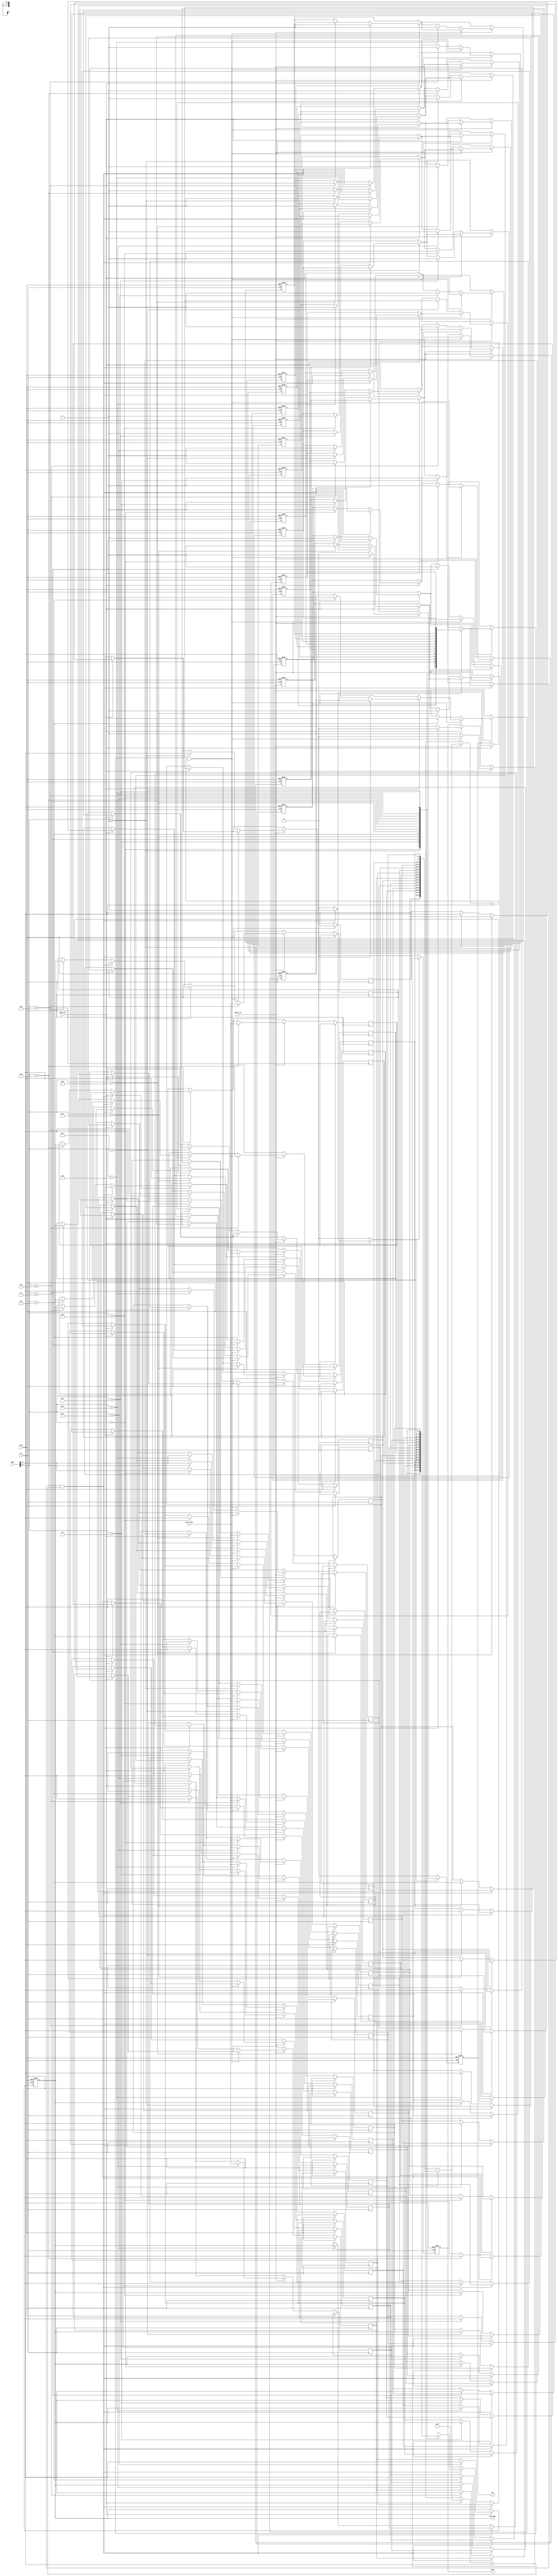
module SharedCache #(
    parameter BLOCK_SIZE = 8,     // Size of each data block in bytes
    parameter CACHE_SIZE = 16,     // Number of cache lines
    parameter ADDR_WIDTH = 8,      // Address width
    parameter TAG_WIDTH = (ADDR_WIDTH - $clog2(CACHE_SIZE)) // Tag width calculation
) (
    input wire clk,
    input wire reset,
    input wire [ADDR_WIDTH-1:0] addr,
    input wire [BLOCK_SIZE-1:0] write_data,
    input wire read_req,
    input wire write_req,
    output reg [BLOCK_SIZE-1:0] read_data,
    output reg hit,
    output reg miss
);

    // Cache line structure
    reg [TAG_WIDTH-1:0] tags[CACHE_SIZE-1:0]; // Storage for tags
    reg [BLOCK_SIZE-1:0] data[CACHE_SIZE-1:0]; // Storage for data
    reg valid[CACHE_SIZE-1:0];                 // Valid bits
    reg dirty[CACHE_SIZE-1:0];                 // Dirty bits

    // Calculate cache index
    wire [$clog2(CACHE_SIZE)-1:0] index = addr[$clog2(CACHE_SIZE)-1:0];
    wire [TAG_WIDTH-1:0] tag = addr[ADDR_WIDTH-1: $clog2(CACHE_SIZE)];

    // Cache state management
    integer i;
    reg was_hit;

    always @(posedge clk or posedge reset) begin
        if (reset) begin
            for (i = 0; i < CACHE_SIZE; i = i + 1) begin
                valid[i] <= 1'b0;
                dirty[i] <= 1'b0;
            end
            read_data <= 0;
            hit <= 0;
            miss <= 0;
        end else begin
            was_hit = 0;
            // Read operation
            if (read_req) begin
                if (valid[index] && tags[index] == tag) begin // Cache hit
                    read_data <= data[index];
                    hit <= 1;
                    miss <= 0;
                    was_hit = 1;
                end else begin // Cache miss
                    // Here you would implement the logic to fetch data from memory
                    // For simplification, we simulate a memory fetch with dummy data
                    read_data <= {BLOCK_SIZE{1'b1}}; // Dummy data
                    hit <= 0;
                    miss <= 1;
                    // Update cache
                    tags[index] <= tag;
                    data[index] <= read_data; // assume memory fetch gives us read_data
                    valid[index] <= 1'b1;
                    dirty[index] <= 1'b0; // Mark as clean upon loading from memory
                end
            end
            
            // Write operation
            if (write_req) begin
                if (valid[index] && tags[index] == tag) begin // Cache hit
                    data[index] <= write_data; // Update data
                    dirty[index] <= 1'b1; // Mark as dirty
                    hit <= 1;
                    miss <= 0;
                end else begin // Cache miss
                    // Assume fetching from memory if miss
                    // In a real implementation, you'd also need
                    // to handle write-back and eviction here
                    tags[index] <= tag;
                    data[index] <= write_data;
                    valid[index] <= 1'b1;
                    dirty[index] <= 1'b1; // Newly written, dirty
                    hit <= 0;
                    miss <= 1;
                end
            end
            
            // Reset signals if hit/miss occurs
            if (!was_hit) begin
                hit <= 0;
                miss <= 0;
            end
        end
    end
endmodule